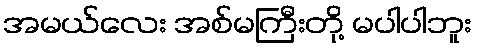
အမယ်လေး အစ်မကြီးတို့ မပါပါဘူး